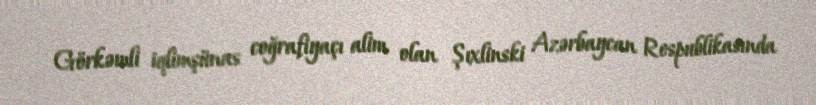
Görkəmli iqlimşünas coğrafiyaçı alim olan Şıxlinski Azərbaycan Respublikasında